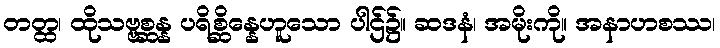
တတ္ထ၊ ထိုသဗ္ဗစ္ဆန္န ပရိစ္ဆိန္နေဟူသော ပါဌ်၌။ ဆဒနံ၊ အမိုးကို။ အနာဟစဿ၊